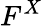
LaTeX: F^{X}